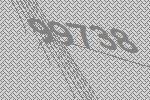
99738